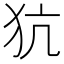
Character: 犺